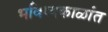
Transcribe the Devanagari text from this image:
भविष्यकाळांत